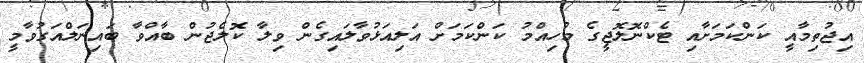
އިޖުތިމާއީ ކަންކަމަށާއި ޓެކްނޮލޮޖީގެ މުހިއްމު ކަންކަމަށް އަލިއަޅުވާލައިގެން ވިލާ ކޮލެޖުން ބާއްވާ ބައިނަލްއަގުވާމީ